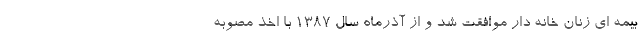
بیمه ای زنان خانه دار موافقت شد و از آذرماه سال ۱۳۸۷ با اخذ مصوبه